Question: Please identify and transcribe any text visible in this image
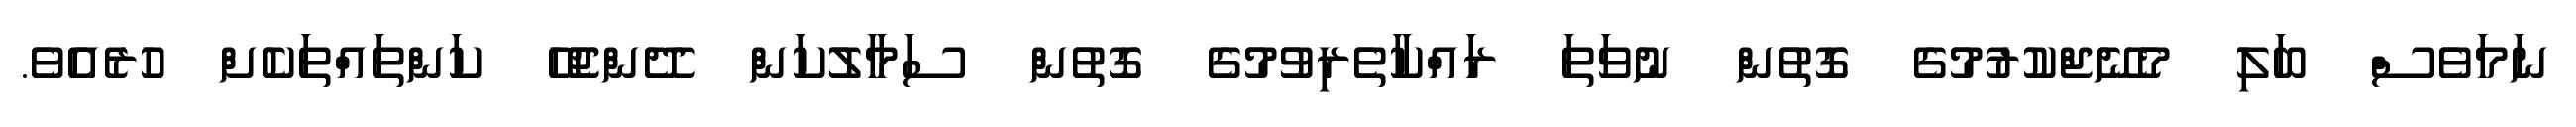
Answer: ނަމަވެސް ބަލި މެނޭޖްކުރުމުގެ ގޮތުން ނުވަތަ ރައްކާތެރިވުމުގެ ގޮތުން ސަމާލުކަން ދޭންޖެހޭ ކަންތައްތަކެށް ހުރެއެވެ.